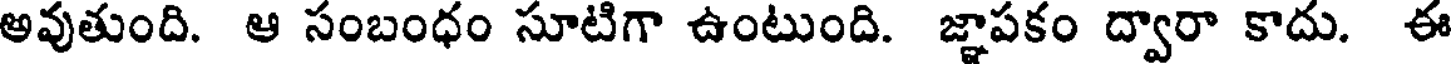
అవుతుంది. ఆ సంబంధం సూటిగా ఉంటుంది. జ్ఞాపకం ద్వారా కాదు. ఈ